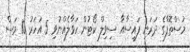
މުސްތޮފާގެ ދަރަނި ފައިސާއާ ސިވިލް ކޯޓުން ހަވާލެއްނުވި 5 އަހަރު 10 މަސް